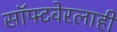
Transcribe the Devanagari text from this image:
सॉफ्टवेरलाही